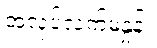
အလုပ်လက်မဲ့နှုန်း